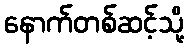
နောက်တစ်ဆင့်သို့